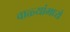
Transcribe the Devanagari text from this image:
वाळ्यांमध्ये